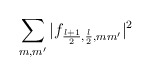
\begin{align*}\sum_{m,m'}|f_{\frac{l+1}{2},\frac{l}{2},mm'}|^2\end{align*}